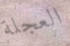
العجلة